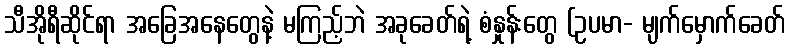
သီအိုရီဆိုင်ရာ အခြေအနေတွေနဲ့ မကြည့်ဘဲ အခုခေတ်ရဲ့ စံနှုန်းတွေ (ဥပမာ- မျက်မှောက်ခေတ်